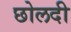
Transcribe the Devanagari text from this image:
छोलदी